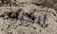
أتخلص